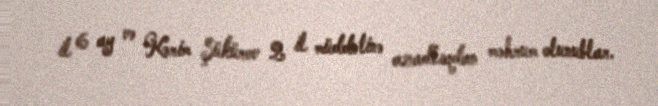
il 6 ay və Kərim Şükürov 2 il müddətinə azadlıqdan məhrum olunublar.